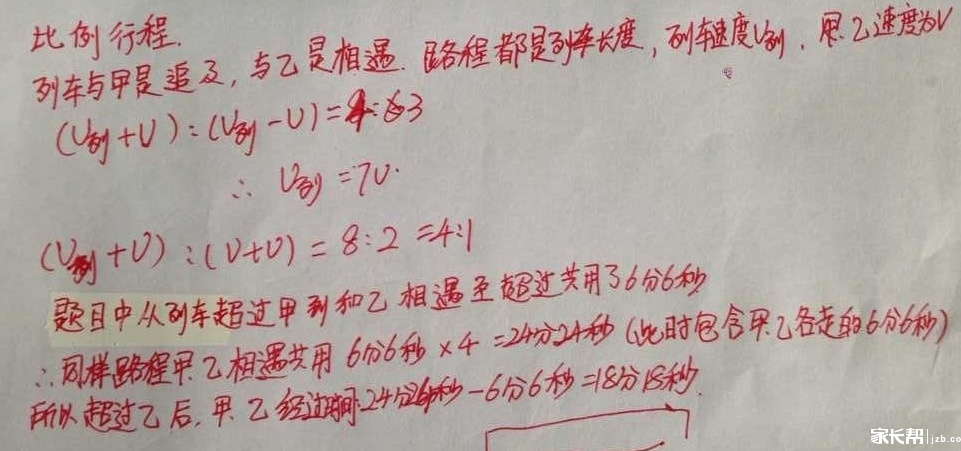
比例行程。列车与甲是追及，与乙是相遇。路程都是列车长度，列车速度\(v_{列}\)，甲、乙速度为\(v\)。
\((v_{列} + v):(v_{列} - v)= 4:3\)
\(\therefore v_{列} = 7v\)
\((v_{列} + v):(v + v)= 8:2 = 4:1\)
题目中从列车超过甲到和乙相遇至超过共花了\(6\)分\(6\)秒，同样路程甲、乙相遇需花\(6\)分\(6\)秒\(\times4 = 24\)分\(24\)秒（此时包含甲、乙各走的\(6\)分\(6\)秒）。
\(\therefore\)超过乙后，甲、乙经过时间\(24\)分\(24\)秒\(- 6\)分\(6\)秒\( = 18\)分\(18\)秒。
所以超过乙后，甲、乙经过时间\(18\)分\(18\)秒。家长帮 jzb.co